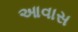
આવાસ